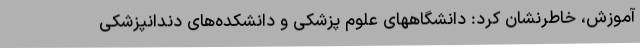
آموزش، خاطرنشان کرد: دانشگاههای علوم پزشکی و دانشکده‌های دندانپزشکی